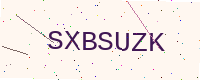
Text: SXBSUZK